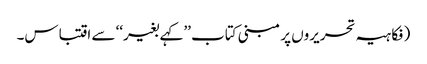
(فکاہیہ تحریروں پر مبنی کتاب ’’کہے بغیر‘‘ سے اقتباس۔